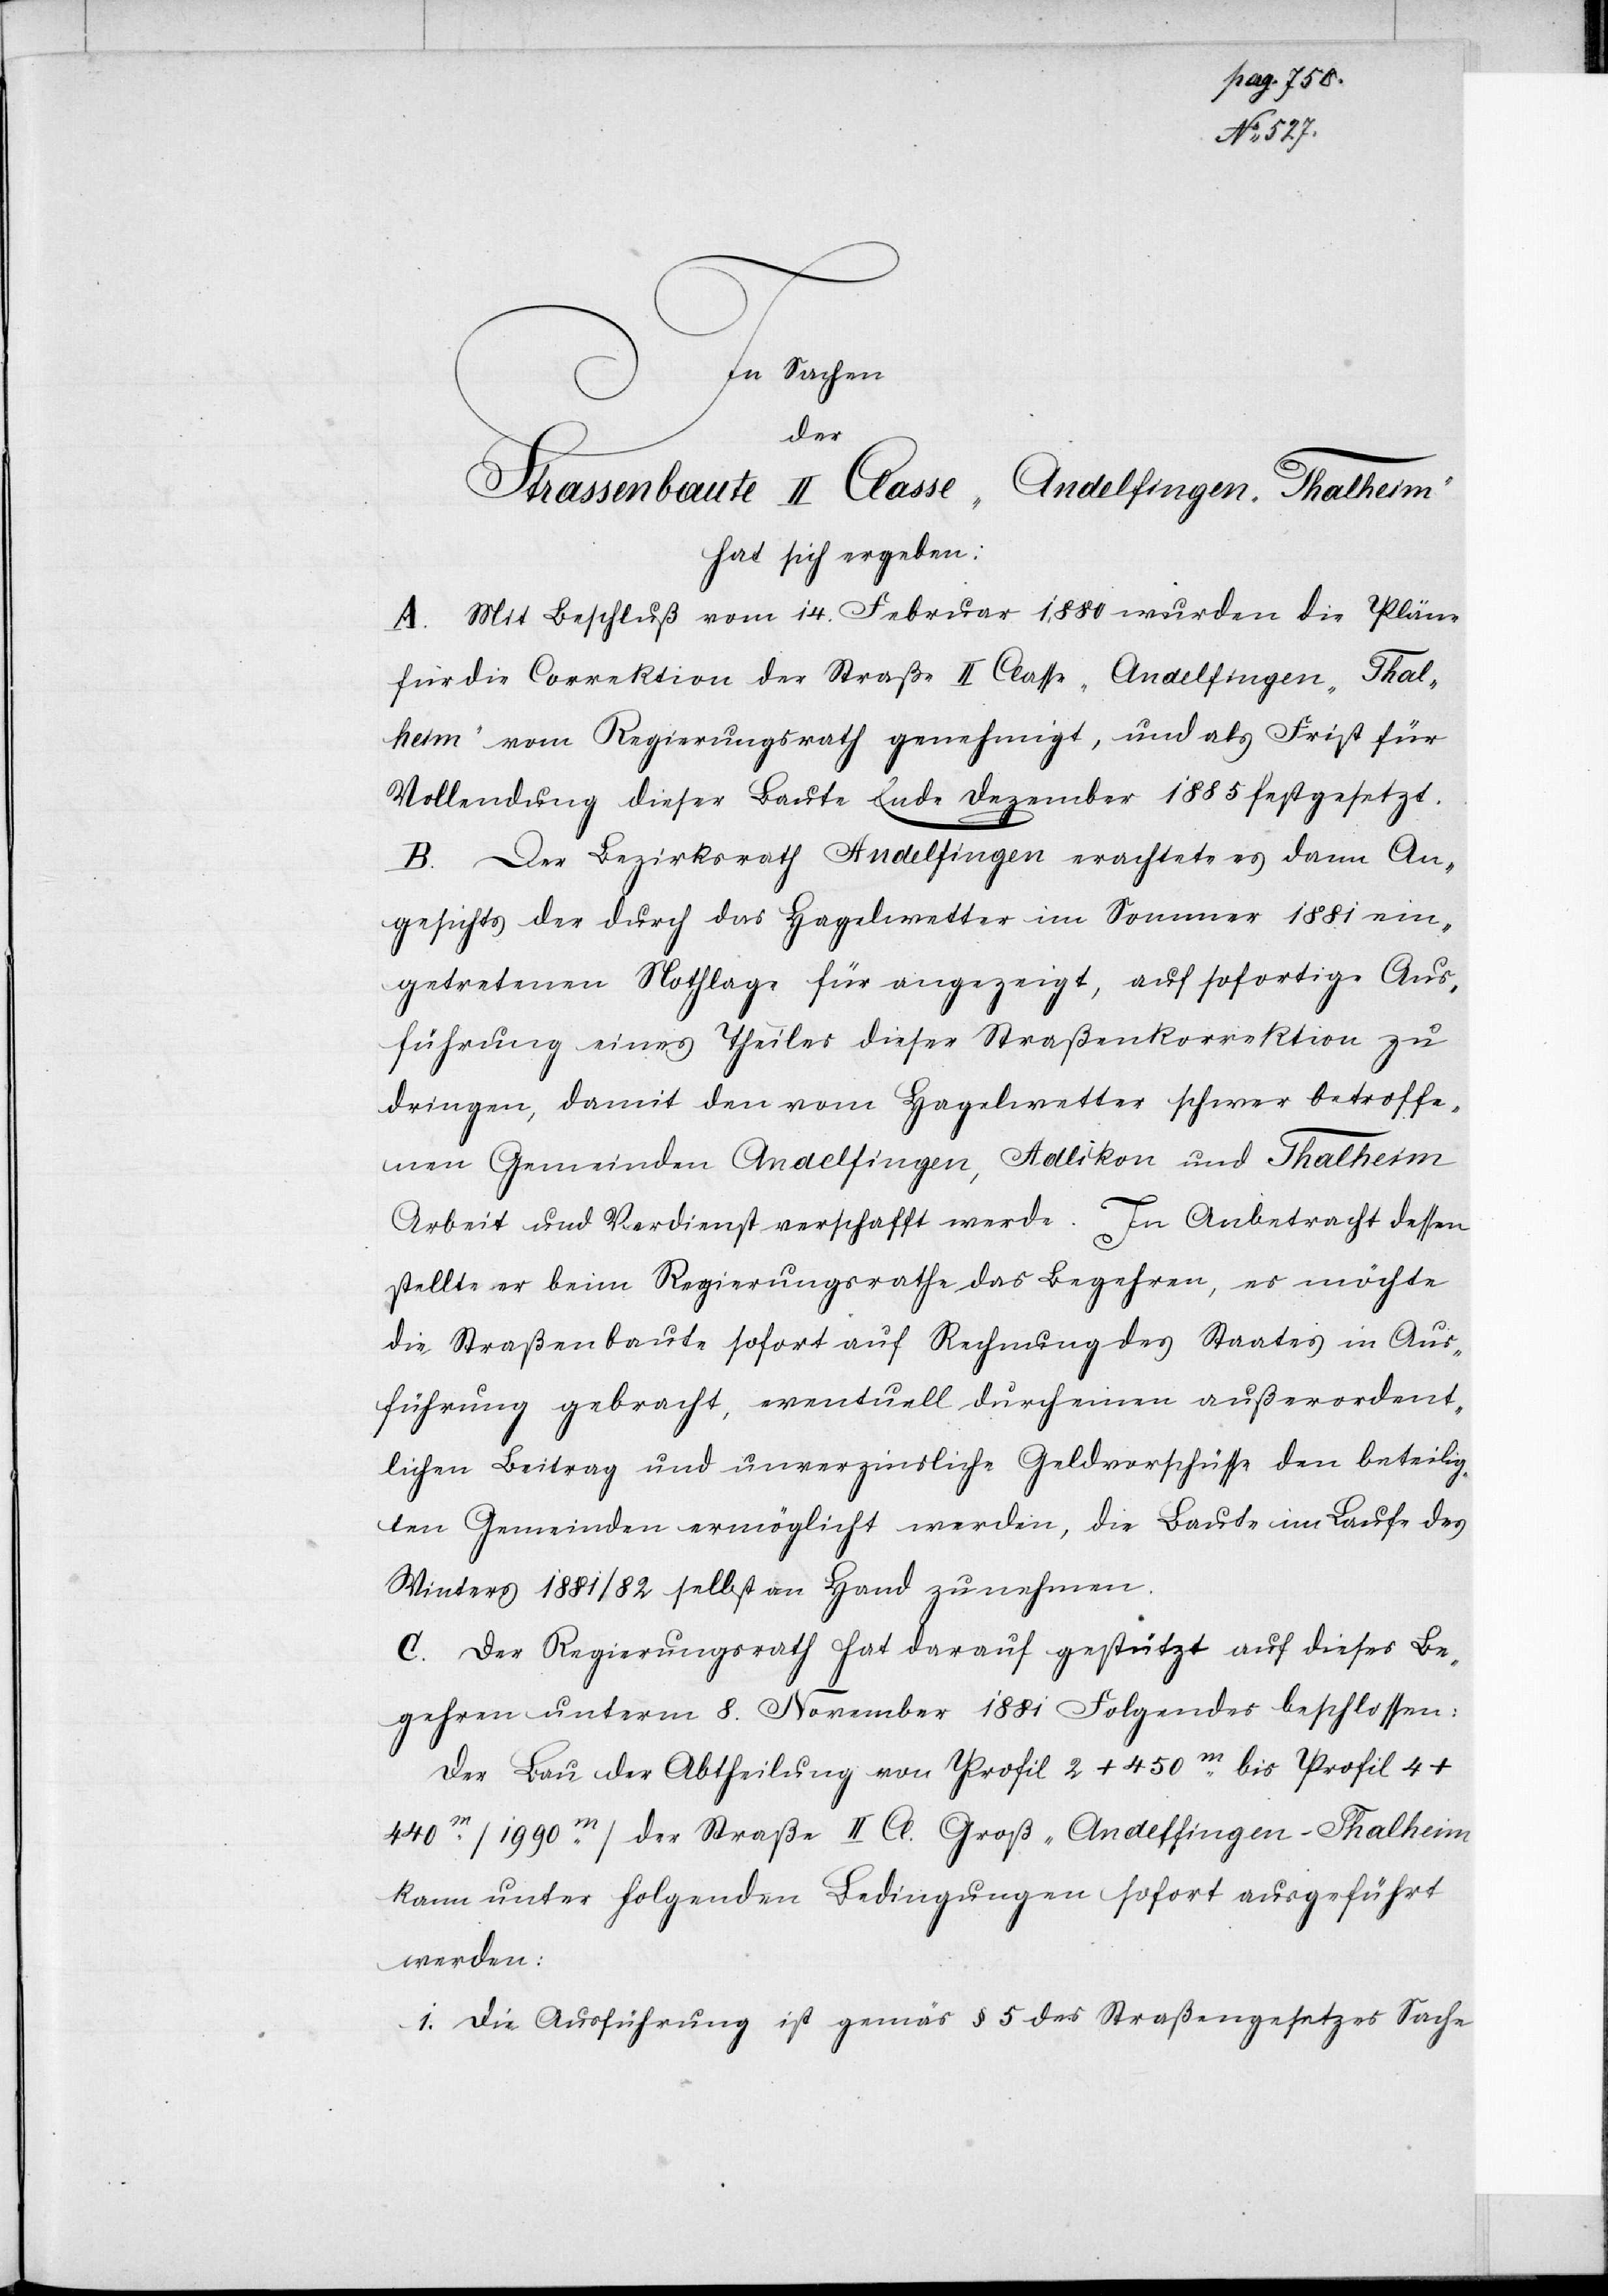
In Sachen
der
Straßenbaute II. Klasse Andelfingen – Thalheim,
hat sich ergeben: